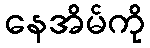
နေအိမ်ကို